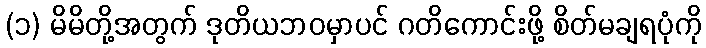
(၁) မိမိတို့အတွက် ဒုတိယဘဝမှာပင် ဂတိကောင်းဖို့ စိတ်မချရပုံကို